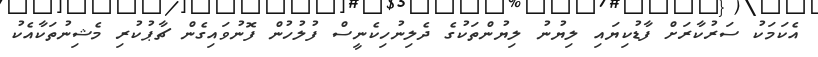
އެކަމަކު ސަރުކާރަށް ފާޑުކިޔައި ލިޔުނު ލިޔުންތަކުގެ ދެލިނުހިކެނީސް ފުލުހުން ފޮނުވައިގެން ޗާޕުކުރި މެޝިނުތަކާއެކު